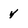
Character: y